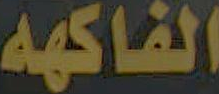
الفاكهه